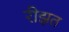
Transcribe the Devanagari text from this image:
रीझत